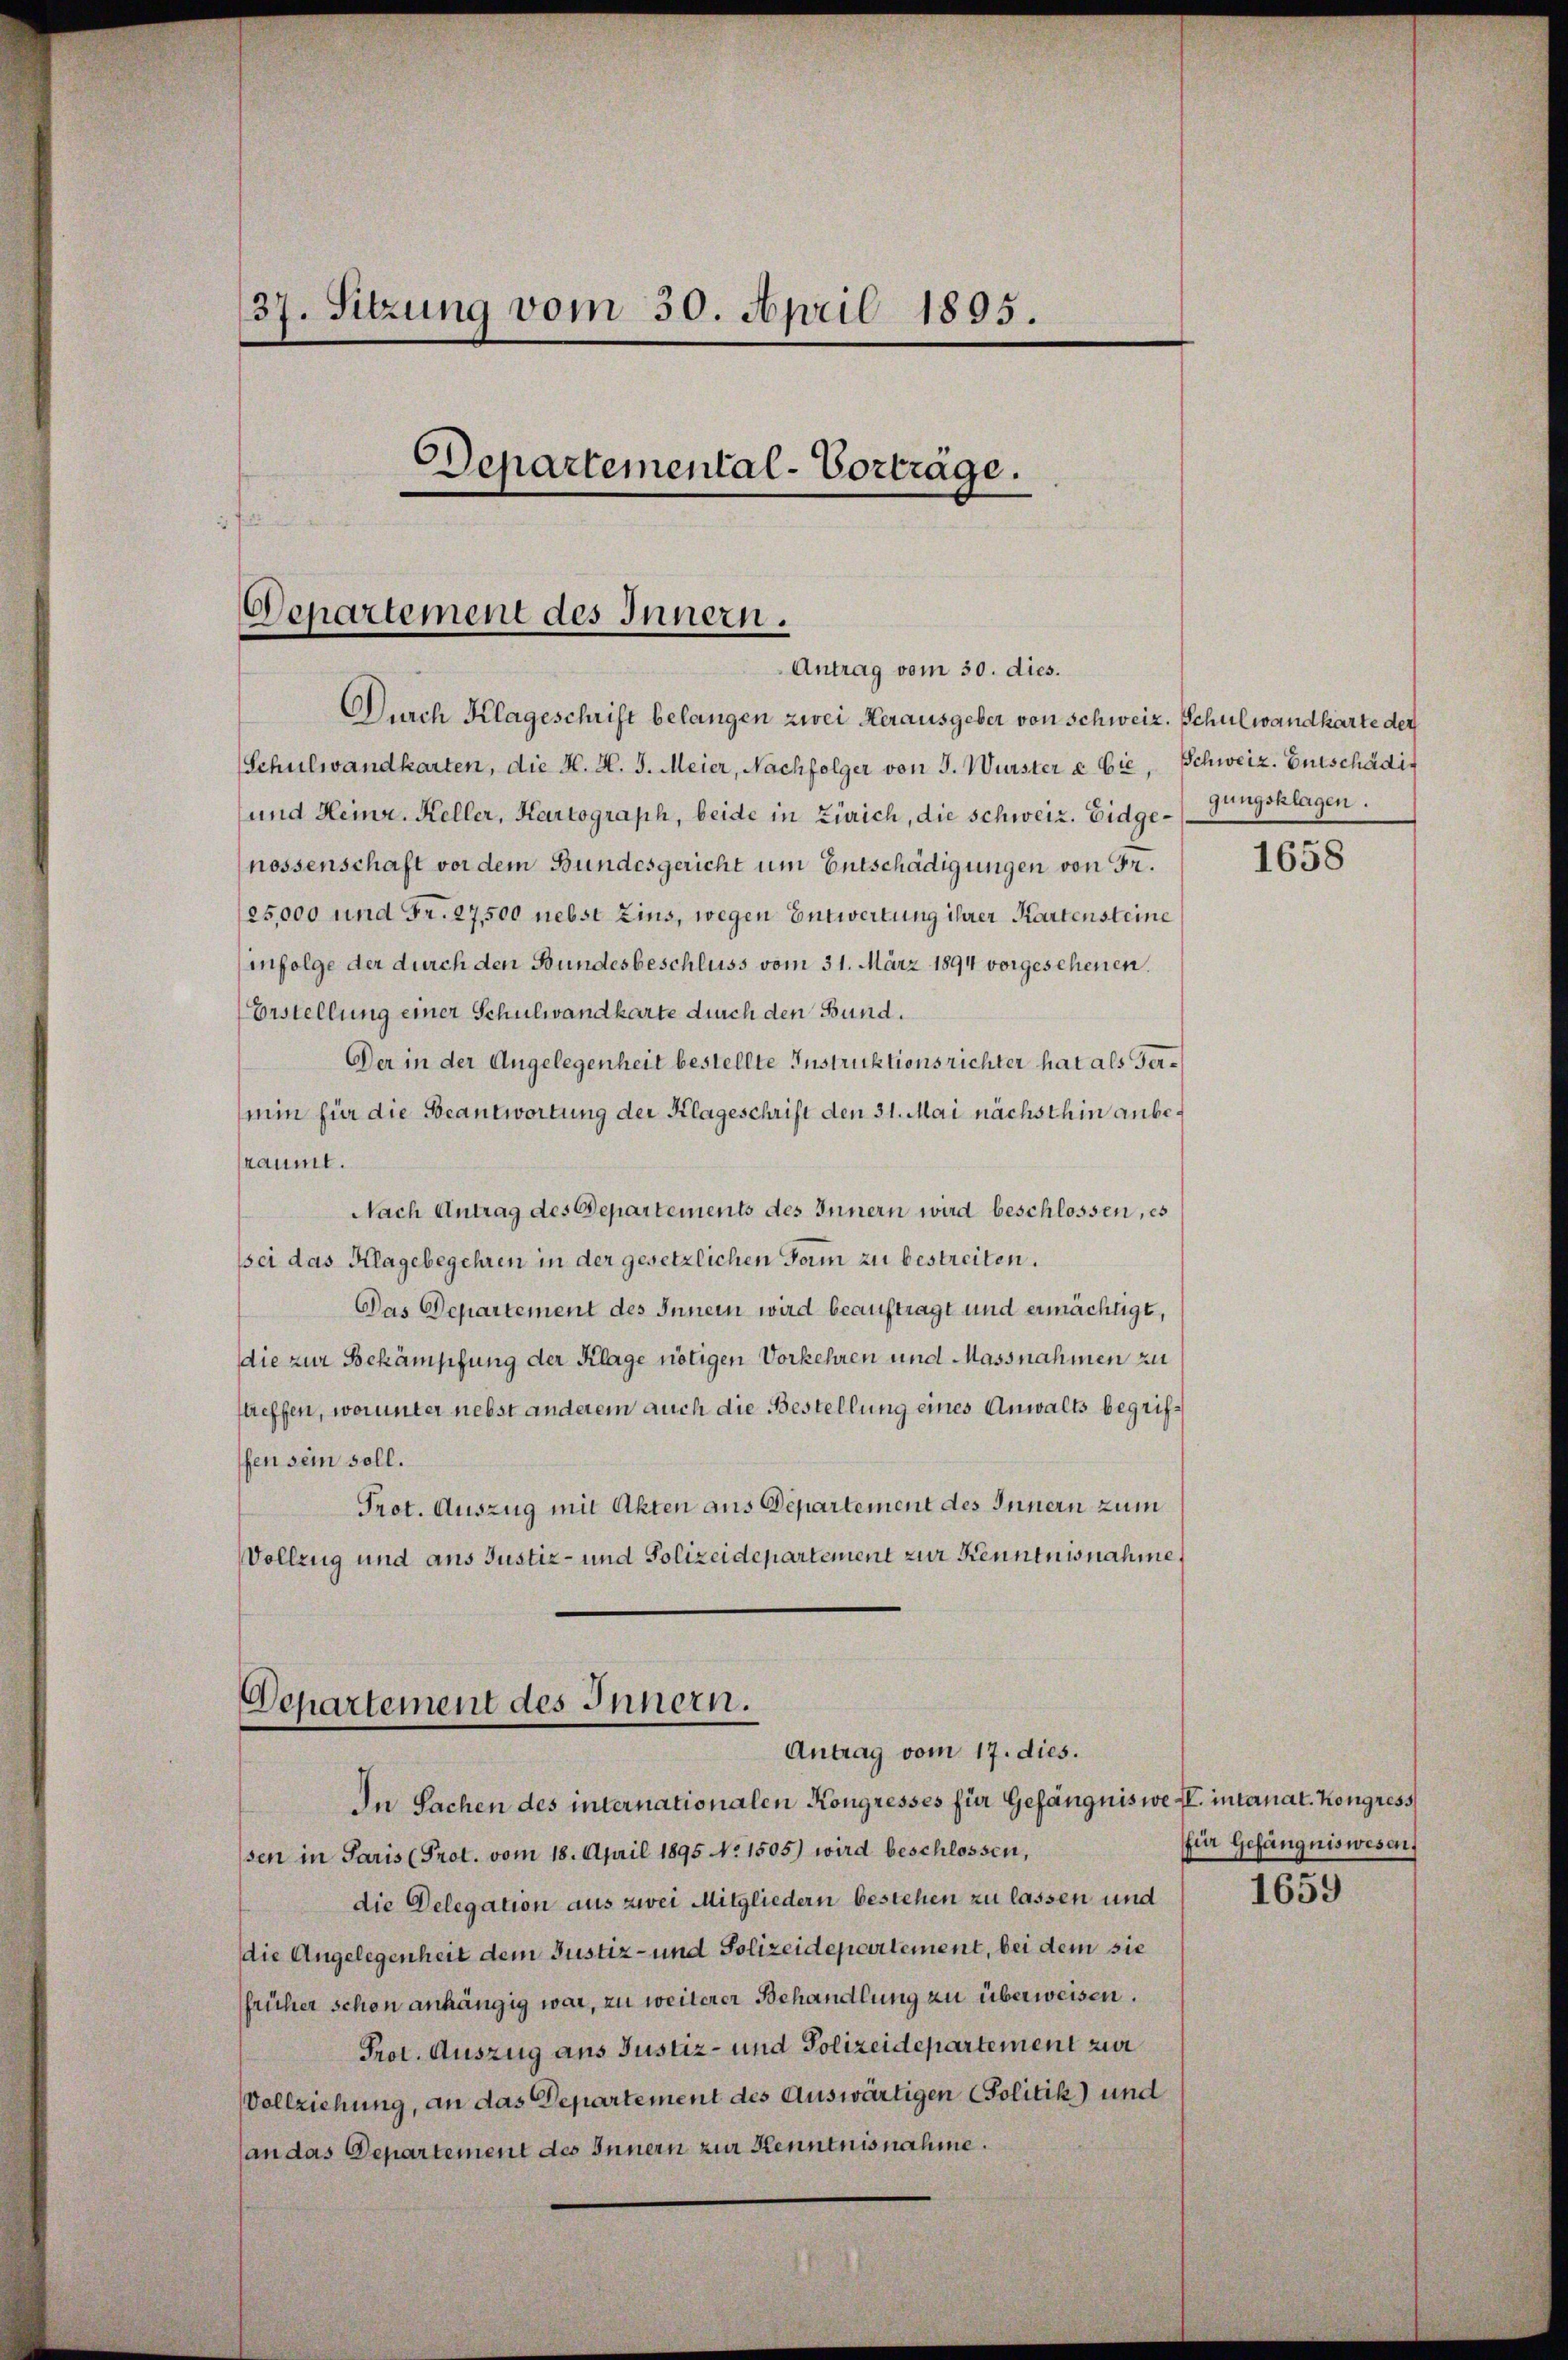
37. Sitzung vom 30. April 1895.
Departemental-Vorträge.

Departement des Innern.
Antrag vom 30. dies.

Aurch Klageschrift belangen zwei Herausgeber von Schweiz. Schulwandkarte der
Schulwandkarten, die H. H. J. Meier, Nachfolger von J. Würster & Cie, Schweiz. Entschädig
und Heinr. Keller, Kartograph, beide in Zürich, die schweiz. Eidge-Gungsklagen.
nossenschaft vor dem Bundesgericht um Entschädigungen von Fr.
25,000 und Fr. 27,500 nebst Zins, wegen Entwertung ihrer Kartensteine
infolge der durch den Bundesbeschluss vom 31. März 1894 vorgeschenen.
Erstellung einer Schulwandkarte durch den Bund.
Der in der Angelegenheit bestellte Instruktionsrichter hat als Termin für die Beantwortung der Klageschrift den 31. Mai nächsthin anberaumt.
Nach Antrag des Departements des Innern wird beschlossen, es
ssei das Klagebegehren in der gesetzlichen Fam zu bestreiten.
Das Departement des Innern wird beauftragt und ermächtigt,
die zur Bekämpfung der Klage nötigen Vorkehren und Massnahmen zu
streffen, worunter nebst anderem auch die Bestellung eines Anwalts begriffen sein soll.
Prot. Auszug mit Akten aus Departement des Innern zum
Vollzug und aus Justiz- und Polizeidepartement zur Kenntnisnahme,

Departement des Innern.
Antrag vom 17. dies.

In Sachen des internationalen Kongresses für Gefängnis wesl. intanat. Kongress
sen in Paris (Prot. vom 18. April 1895 No 1505) wird beschlossen,
die Delegation aus zwei Mitgliedern bestehen zu lassen und
die Angelegenheit dem Justiz- und Polizeidepartement, bei dem sie
früher schon anhängig war, zu weiterer Behandlung zu überweisen.
Prot. Auszug aus Justiz- und Polizeidepartement zur
Vollziehung, an das Departement des Auswärtigen Politik) und
(an das Departement des Innern zur Kenntnisnahme.

1658

für Gefängniswesen.

1659